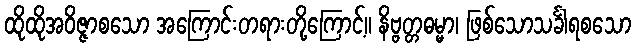
ထိုထိုအဝိဇ္ဇာစသော အကြောင်းတရားတို့ကြောင့်။ နိဗ္ဗတ္တဓမ္မာ၊ ဖြစ်သောသင်္ခါရစသော